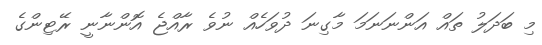
މި ބަދަލު ތައް އަންނަނަމަ މާގިނަ ދުވަހެއް ނުވެ ރާއްޖެ އޮންނާނީ ރޭޓިންގެ